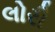
લોરી